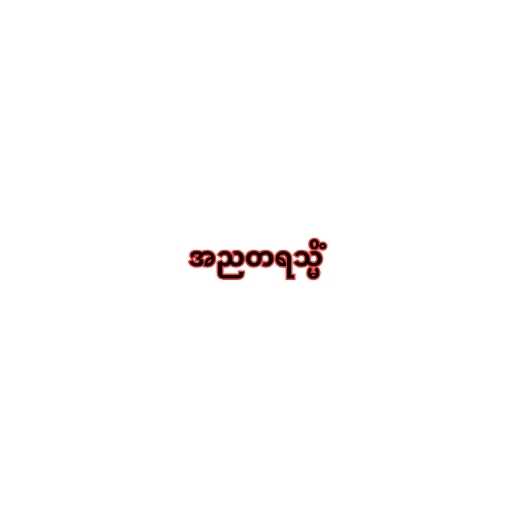
အညတရသ္မိံ